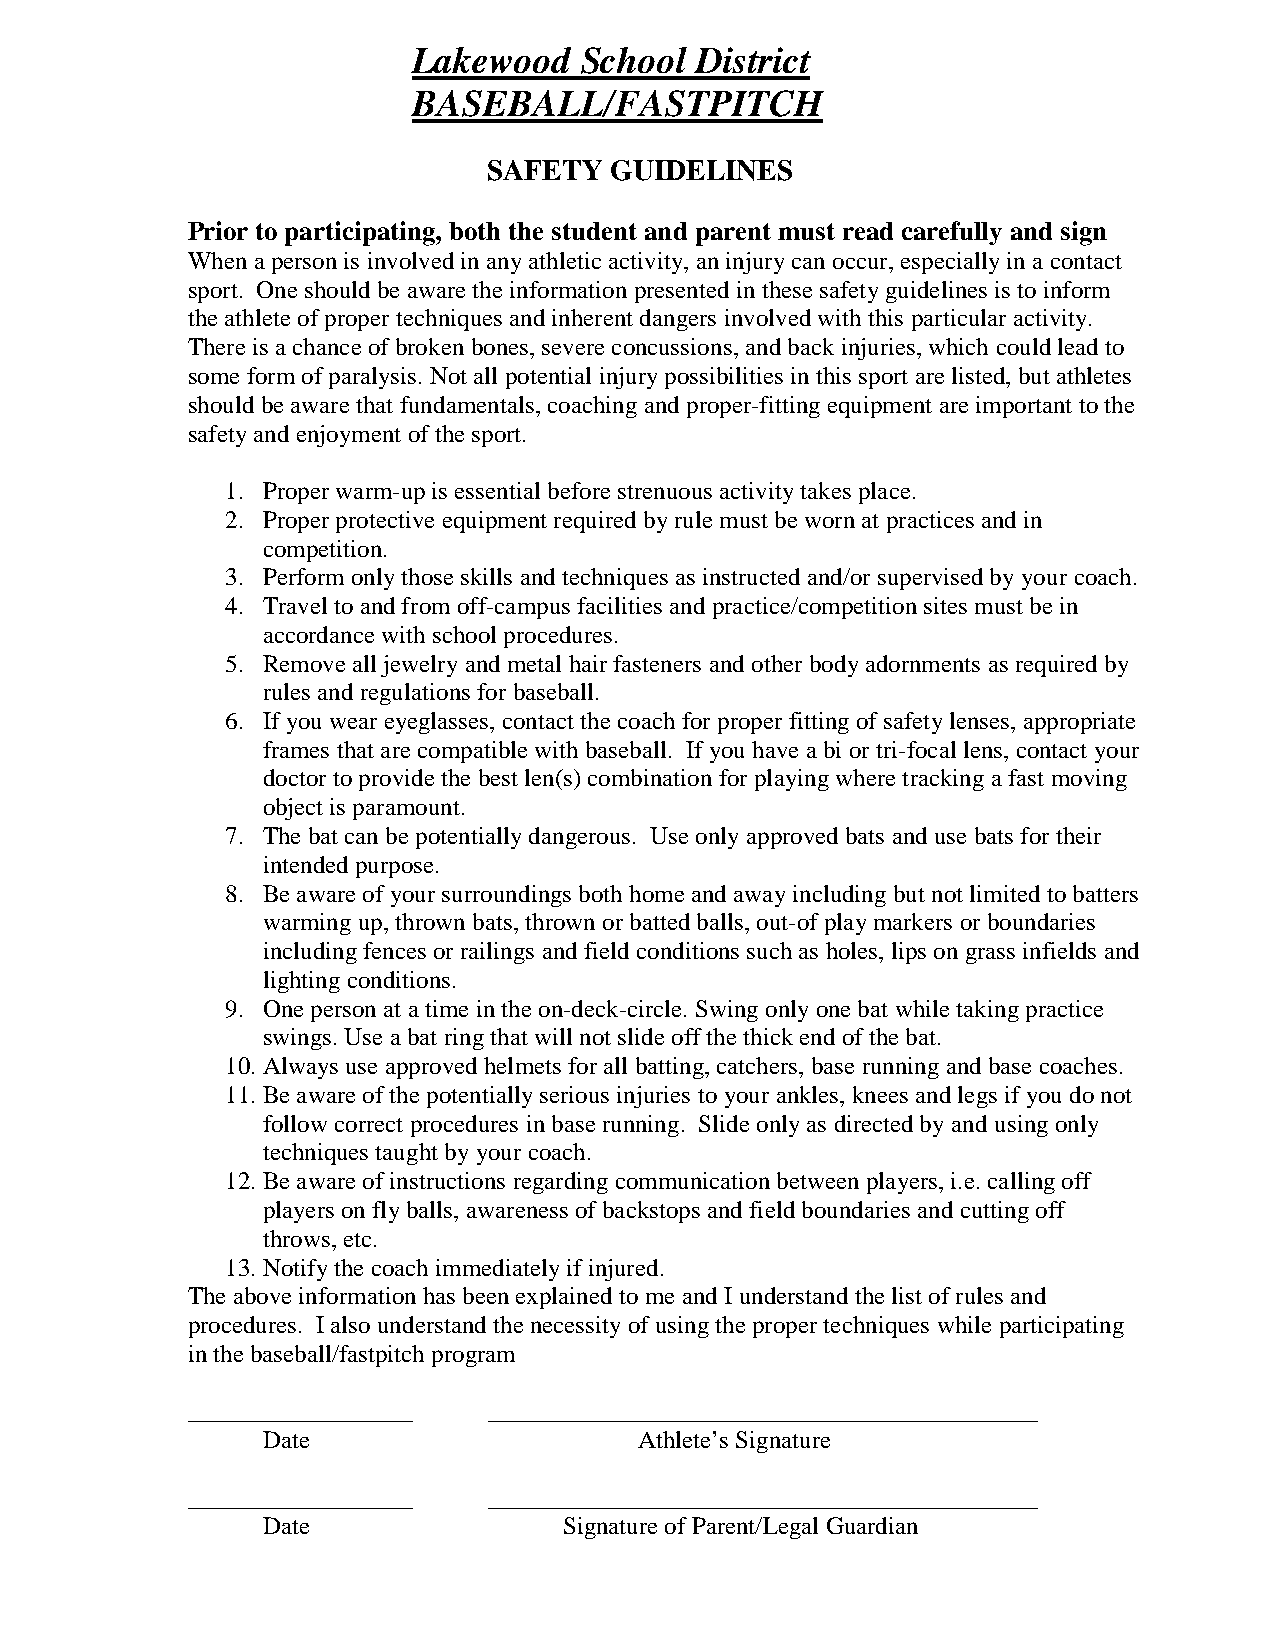
Lakewood   School  District
 BASEBALL/FASTPITCH
 SAFETY  GUIDELINES
 Prior to participating, both the student and parent must read carefully and sign
 When a person is involved in any athletic activity, an injury can occur, especially in a contact
 sport. One should be aware the information presented in these safety guidelines is to inform
 the athlete of proper techniques and inherent dangers involved with this particular activity.
 There is a chance of broken bones, severe concussions, and back injuries, which could lead to
 some form of paralysis. Not all potential injury possibilities in this sport are listed, but athletes
 should be aware that fundamentals, coaching and proper-fitting equipment are important to the
 safety and enjoyment of the sport.
 1. Proper warm-up is essential before strenuous activity takes place.
 2. Proper protective equipment required by rule must be worn at practices and in
 competition.
 3. Perform only those skills and techniques as instructed and/or supervised by your coach.
 4. Travel to and from off-campus facilities and practice/competition sites must be in
 accordance with school procedures.
 5. Remove all jewelry and metal hair fasteners and other body adornments as required by
 rules and regulations for baseball.
 6. If you wear eyeglasses, contact the coach for proper fitting of safety lenses, appropriate
 frames that are compatible with baseball. If you have a bi or tri-focal lens, contact your
 doctor to provide the best len(s) combination for playing where tracking a fast moving
 object is paramount.
 7. The bat can be potentially dangerous. Use only approved bats and use bats for their
 intended purpose.
 8. Be aware of your surroundings both home and away including but not limited to batters
 warming up, thrown bats, thrown or batted balls, out-of play markers or boundaries
 including fences or railings and field conditions such as holes, lips on grass infields and
 lighting conditions.
 9. One person at a time in the on-deck-circle. Swing only one bat while taking practice
 swings. Use a bat ring that will not slide off the thick end of the bat.
 10. Always use approved helmets for all batting, catchers, base running and base coaches.
 11. Be aware of the potentially serious injuries to your ankles, knees and legs if you do not
 follow correct procedures in base running. Slide only as directed by and using only
 techniques taught by your coach.
 12. Be aware of instructions regarding communication between players, i.e. calling off
 players on fly balls, awareness of backstops and field boundaries and cutting off
 throws, etc.
 13. Notify the coach immediately if injured.
 The above information has been explained to me and I understand the list of rules and
 procedures. I also understand the necessity of using the proper techniques while participating
 in the baseball/fastpitch program
 __________________  ____________________________________________
 Date                     Athlete’s Signature
 __________________  ____________________________________________
 Date                Signature of Parent/Legal Guardian